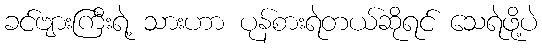
ခင်ဗျားကြီးရဲ့ သားဟာ ပုန်စားရဲတယ်ဆိုရင် သေရဲဖို့ပဲ